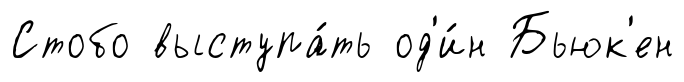
Стобо выступа́ть од'и́н Бьюк'ен